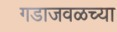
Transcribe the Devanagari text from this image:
गडाजवळच्या